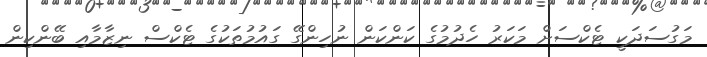
މަގުސަދަކީ ޓެކްސަށް މަކަރު ހެދުމުގެ ކަންކަން ނުހިންގޭ ގައުމުތަކުގެ ޓެކްސް ނިޒާމާއި ބޭންކިން